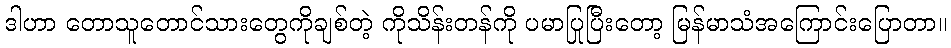
ဒါဟာ တောသူတောင်သားတွေကိုချစ်တဲ့ ကိုသိန်းတန်ကို ပမာပြုပြီးတော့ မြန်မာသံအကြောင်းပြောတာ။